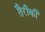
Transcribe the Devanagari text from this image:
तैरीकी